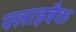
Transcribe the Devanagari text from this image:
फ्लाइबैक